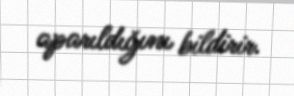
aparıldığını bildirir.